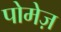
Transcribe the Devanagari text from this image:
पोमेज़